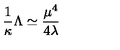
\frac { 1 } { \kappa } \Lambda \simeq \frac { \mu ^ { 4 } } { 4 \lambda }